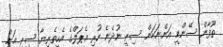
ތޫފާން ސޭންޑީ އަންނަކަން ސިރީ ނުދެނެ ހުރި އެޕަލްގެ އެހީތެރިޔާ ސިރީ އަށް